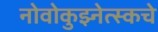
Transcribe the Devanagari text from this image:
नोवोकुझ्नेत्स्कचे